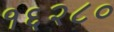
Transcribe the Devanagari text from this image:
१६२८०